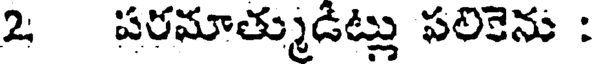
2 పరమాత్ముడట్లు పలికెను :